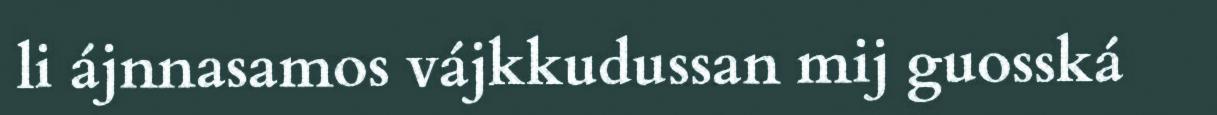
li ájnnasamos vájkkudussan mij guosská